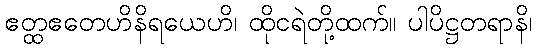
ဧတ္ထဧတေဟိနိရယေဟိ၊ ထိုငရဲတို့ထက်။ ပါပိဋ္ဌတရာနိ၊